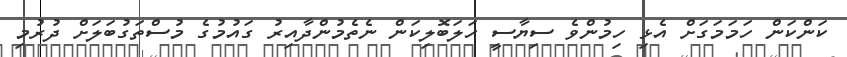
ކަންކަން ހަމަމަގަށް އެޅި ހިމުންވެ ސިޔާސީ ހަލަބޮލިކަން ނެތެމުންދާއިރު ގައުމުގެ މުސްތަގުބަލަށް ދުރުމި